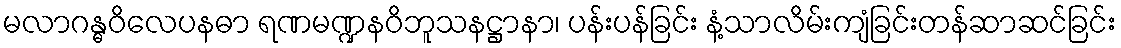
မလာဂန္ဓဝိလေပနဓာ ရဏမဏ္ဍနဝိဘူသနဋ္ဌာနာ၊ ပန်းပန်ခြင်း နံ့သာလိမ်းကျံခြင်းတန်ဆာဆင်ခြင်း